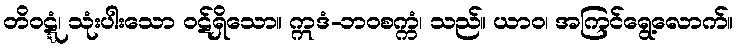
တိဝဋ္ဋံ၊ သုံးပါးသော ဝဋ်ရှိသော။ ဣဒံ-ဘဝစက္ကံ၊ သည်။ ယာဝ၊ အကြင်ရွေ့လောက်။